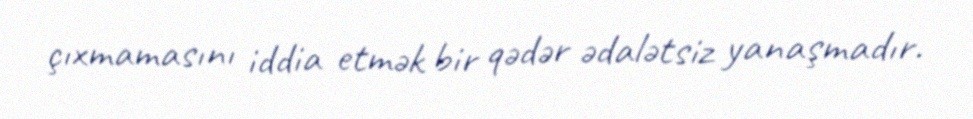
çıxmamasını iddia etmək bir qədər ədalətsiz yanaşmadır.